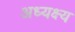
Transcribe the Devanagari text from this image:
अध्यक्ष्य